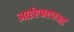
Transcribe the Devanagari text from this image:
आईएफएफआई